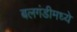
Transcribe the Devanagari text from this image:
बलगंडीमध्ये